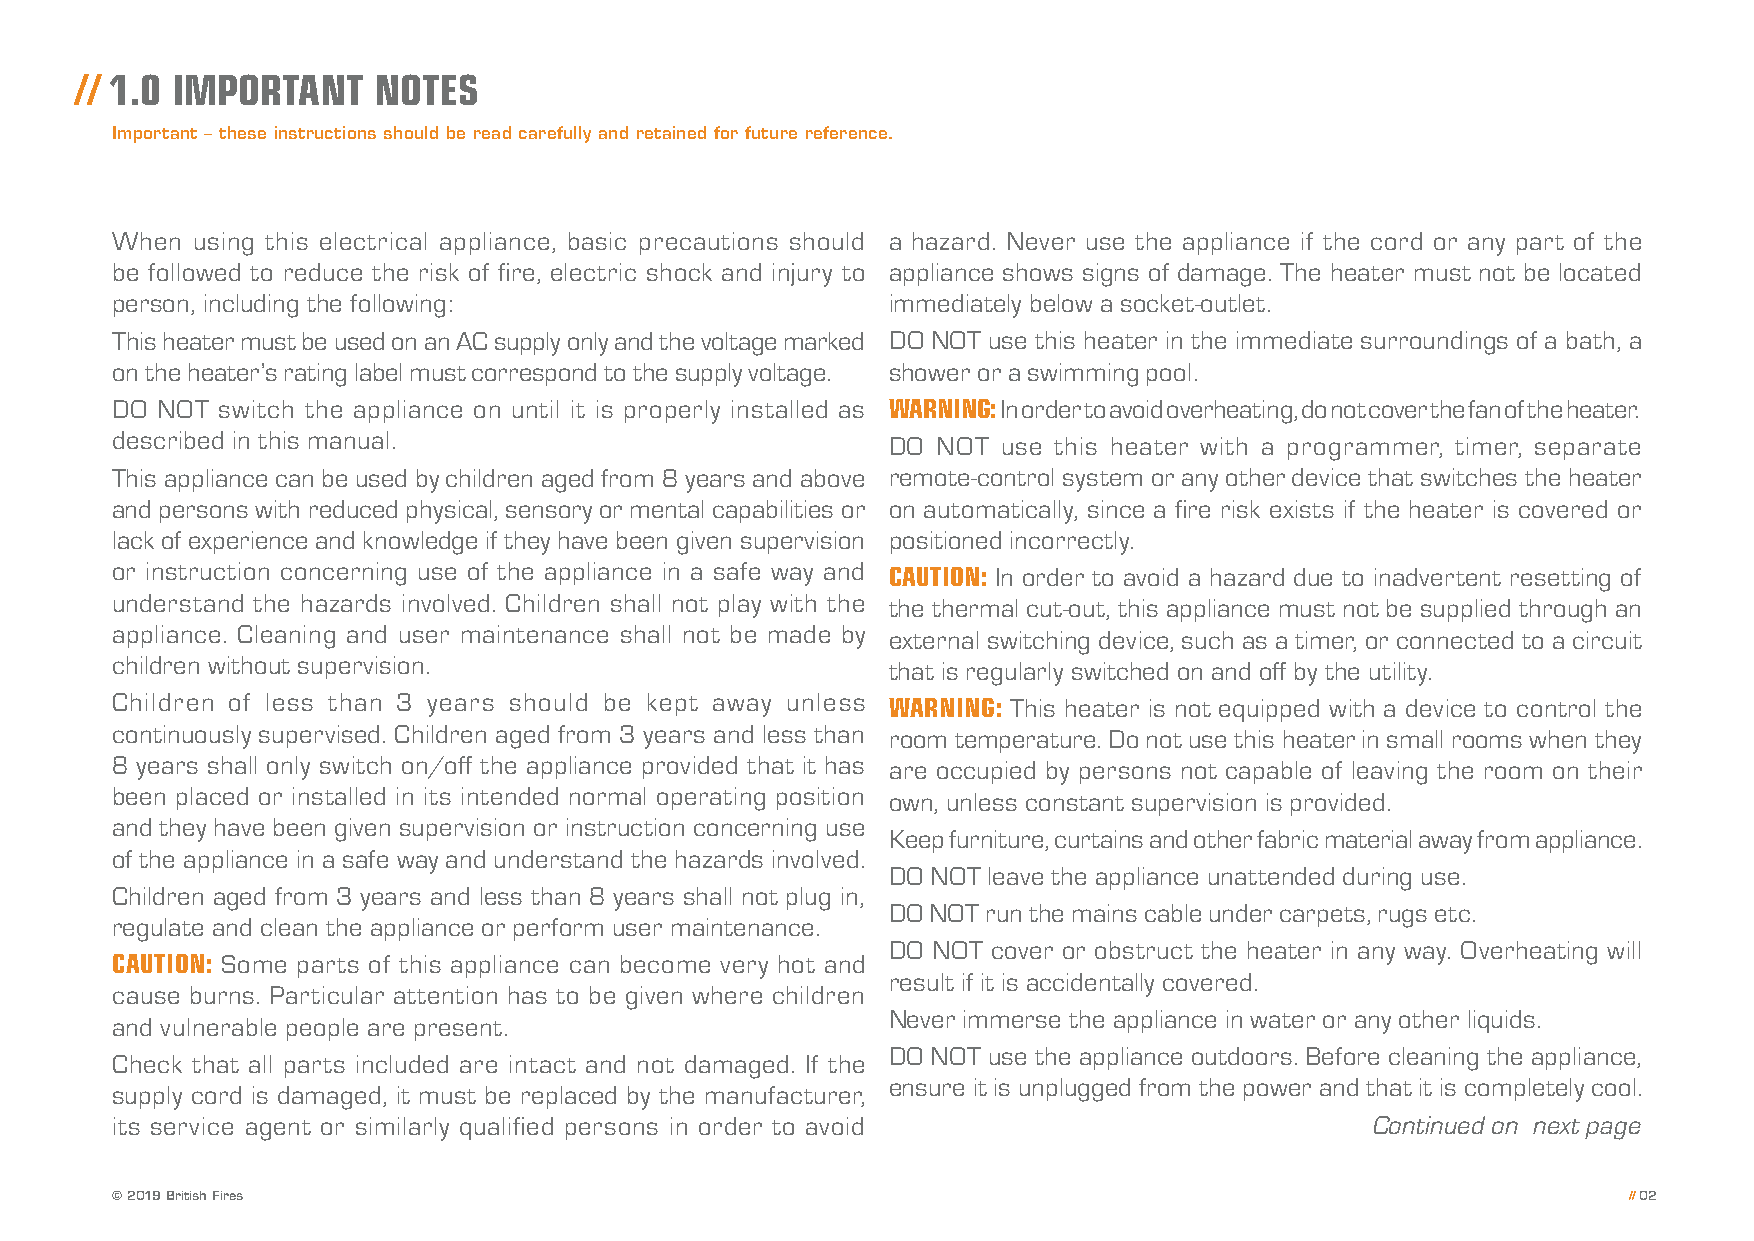
// 1.0 IMPORTANT    NOTES
 Important – these instructions should be read carefully and retained for future reference.
 When  using this electrical appliance, basic precautions should a hazard. Never use the appliance if the cord or any part of the
 be followed to reduce the risk of fire, electric shock and injury to appliance shows signs of damage. The heater must not be located
 person, including the following:                    immediately below a socket-outlet.
 This heater must be used on an AC supply only and the voltage marked DO NOT use this heater in the immediate surroundings of a bath, a
 on the heater’s rating label must correspond to the supply voltage. shower or a swimming pool.
 DO NOT  switch the appliance on until it is properly installed as WARNING: In order to avoid overheating, do not cover the fan of the heater.
 described in this manual.                           DO NOT use this heater with a programmer, timer, separate
 This appliance can be used by children aged from 8 years and above remote-control system or any other device that switches the heater
 and persons with reduced physical, sensory or mental capabilities or on automatically, since a fire risk exists if the heater is covered or
 lack of experience and knowledge if they have been given supervision positioned incorrectly.
 or instruction concerning use of the appliance in a safe way and CAUTION: In order to avoid a hazard due to inadvertent resetting of
 understand the hazards involved. Children shall not play with the the thermal cut-out, this appliance must not be supplied through an
 appliance. Cleaning and user maintenance shall not be made by external switching device, such as a timer, or connected to a circuit
 children without supervision.                       that is regularly switched on and off by the utility.
 Children of less than 3 years should be kept away unless WARNING: This heater is not equipped with a device to control the
 continuously supervised. Children aged from 3 years and less than room temperature. Do not use this heater in small rooms when they
 8 years shall only switch on/off the appliance provided that it has are occupied by persons not capable of leaving the room on their
 been placed or installed in its intended normal operating position own, unless constant supervision is provided.
 and they have been given supervision or instruction concerning use
 Keep furniture, curtains and other fabric material away from appliance.
 of the appliance in a safe way and understand the hazards involved.
 DO NOT leave the appliance unattended during use.
 Children aged from 3 years and less than 8 years shall not plug in,
 DO NOT run the mains cable under carpets, rugs etc.
 regulate and clean the appliance or perform user maintenance.
 DO NOT cover or obstruct the heater in any way. Overheating will
 CAUTION: Some parts of this appliance can become very hot and
 result if it is accidentally covered.
 cause burns. Particular attention has to be given where children
 Never immerse the appliance in water or any other liquids.
 and vulnerable people are present.
 DO NOT use the appliance outdoors. Before cleaning the appliance,
 Check that all parts included are intact and not damaged. If the
 ensure it is unplugged from the power and that it is completely cool.
 supply cord is damaged, it must be replaced by the manufacturer,
 its service agent or similarly qualified persons in order to avoid                  Continued on next page
 © 2019 British Fires                                                                                 // 02